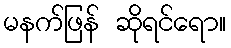
မနက်ဖြန် ဆိုရင်ရော။